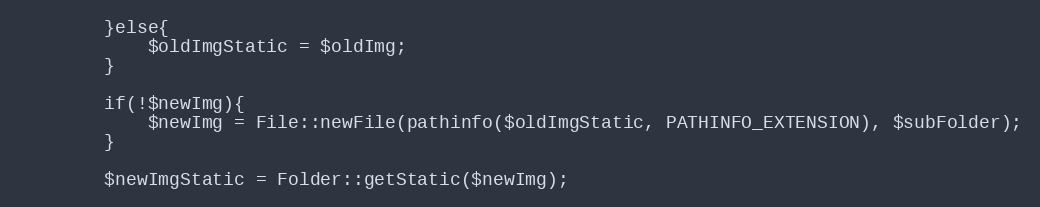
Language: PHP
        }else{
            $oldImgStatic = $oldImg;
        }

        if(!$newImg){
            $newImg = File::newFile(pathinfo($oldImgStatic, PATHINFO_EXTENSION), $subFolder);
        }

        $newImgStatic = Folder::getStatic($newImg);